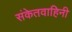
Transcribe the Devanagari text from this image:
संकेतवाहिनी